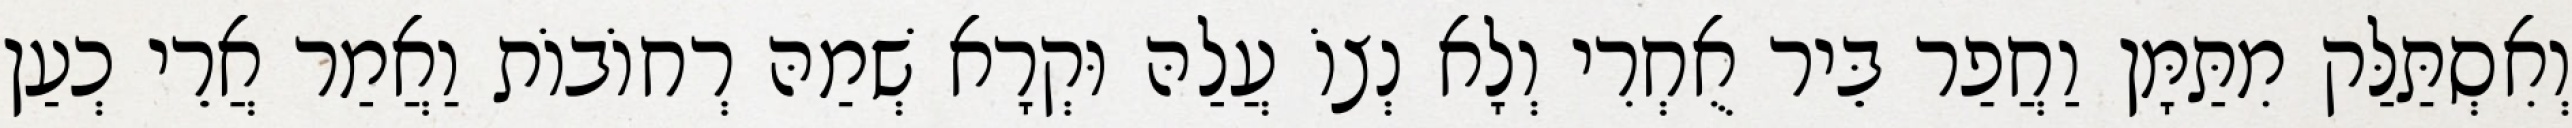
וְאִסְתַּלַּק מִתַּמָּן וַחֲפַר בֵּיר אֻחְרִי וְלָא נְצוֹ עֲלַהּ וּקְרָא שְׁמַהּ רְחוֹבוֹת וַאֲמַר אֲרֵי כְעַן